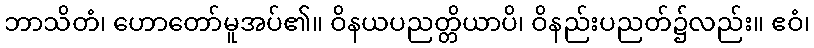
ဘာသိတံ၊ ဟောတော်မူအပ်၏။ ဝိနယပညတ္တိယာပိ၊ ဝိနည်းပညတ်၌လည်း။ ဧဝံ၊